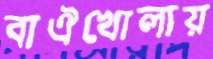
বাঐখোলায়